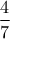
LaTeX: \frac { 4 } { 7 }